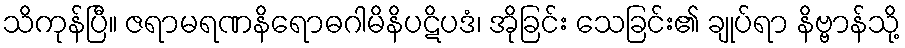
သိကုန်ပြီ။ ဇရာမရဏနိရောဓဂါမိနိပဋိပဒံ၊ အိုခြင်း သေခြင်း၏ ချုပ်ရာ နိဗ္ဗာန်သို့